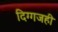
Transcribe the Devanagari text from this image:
दिग्गजही